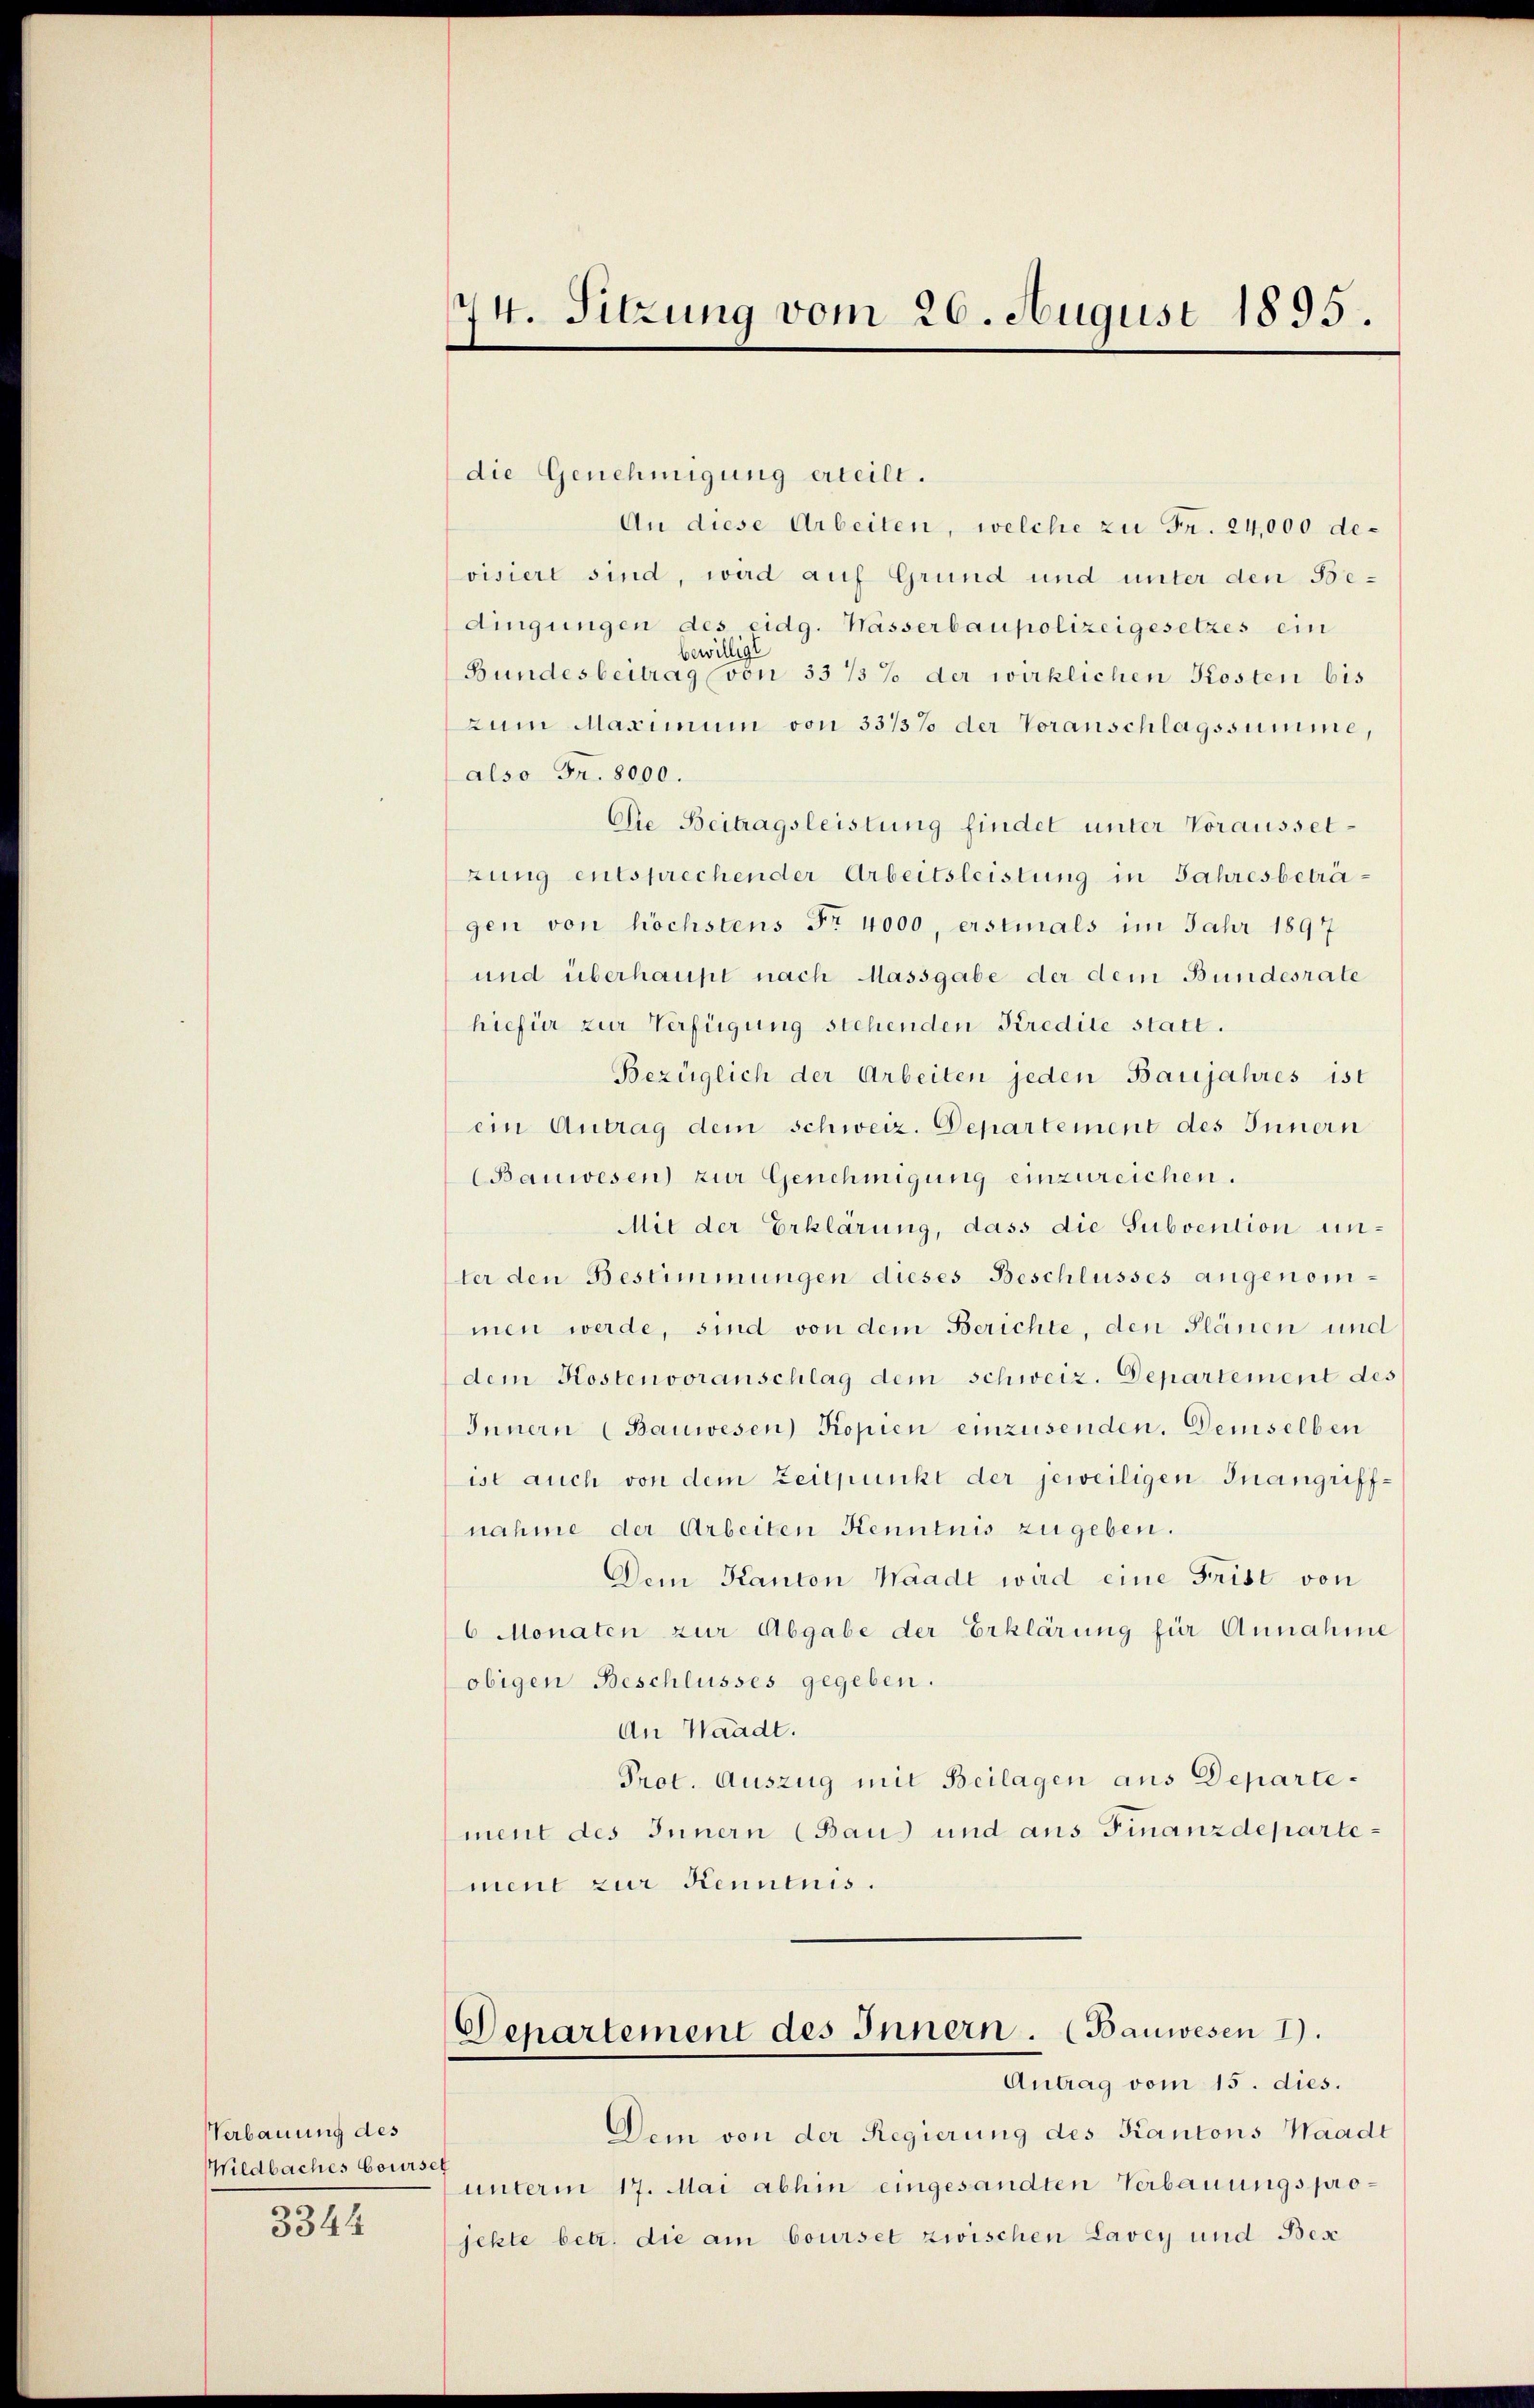
Verbauung des
Wildbaches Courses

3344

174. Sitzung vom 26. August 1895.

die Genehmigung erteilt.
An diese Arbeiten, welche zu Fr. 24,000 devisiert sind, wird auf Grund und unter den Bedingungen des eidg. Wässerbaupolizeigesetzes ein
bewilligt
Bundesbeitrag (von 33 1/3 % der wirklichen Kosten bis
zum Maximum von 33/3% der Voranschlagssumme,
also Fr. 8000.
Che Beitragsleistung findet unter Voraussetzung entsprechender Arbeitsleistung in Jahresbeträgen von höchstens Fr. 4000, erstinals im Jahr 1897
und überhaupt nach Massgabe der dem Bundesrate
hiefür zur Verfügung stehenden Kredite statt.
Bezüglich der Arbeiten jeden Baujahres ist
ein Antrag dem schweiz. Departement des Innern
(Bauwesen) zur Genehmigung einzureichen.
Mit der Erklärung, dass die Subvention unter den Bestimmungen dieses Beschlusses angenommen werde, sind von dem Berichte, den Plänen und
dem Kostenvoranschlag dem schweiz. Departement des
Innern (Bauwesen) Kopien einzusenden. Demselben
ist auch von dem Zeitpunkt der jeweiligen Inangriffnahme der Arbeiten Kenntnis zu geben.
Dem Kanton Waadt wird eine Frist von
6 Monaten zur Abgabe der Erklärung für Annahme
obigen Beschlusses gegeben.
An Waadt.
Prot. Auszug mit Beilagen aus Departement des Innern (Bau und aus Finanzdepartement zur Kenntnis.
Departement des Innern. (Bauwesen I.
Antrag vom 15. dies.
Dein von der Regierung des Kantons Waadt
unterm 17. Mai abhin eingesandten Verbauungsprojekte betr. die am bourset zwischen Lavey und Bes